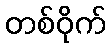
တစ်ဝိုက်